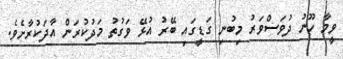
ވީމާ ހޫނު ދުވަސްވަރު މިބުނި ގަޑީގައި ބޭރު އުޅޭ ވަގުތު މަދުކުރަން އާދަކުރާށެވެ.